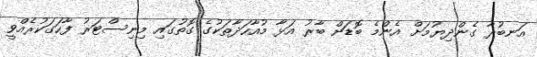
އަނބުރާ ގެންދިޔުމަށް އެންމެ ބޮޑަށް ބާރު އަޅާ މުއާހަދާތަކުގެ ގޮތުގައި މިނިސްޓަރު ފާހަގަކުރެއްވީ